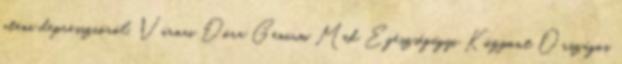
utáni depresszióról. Várnai Dóra Genium Med Egészségügyi Központ Országos